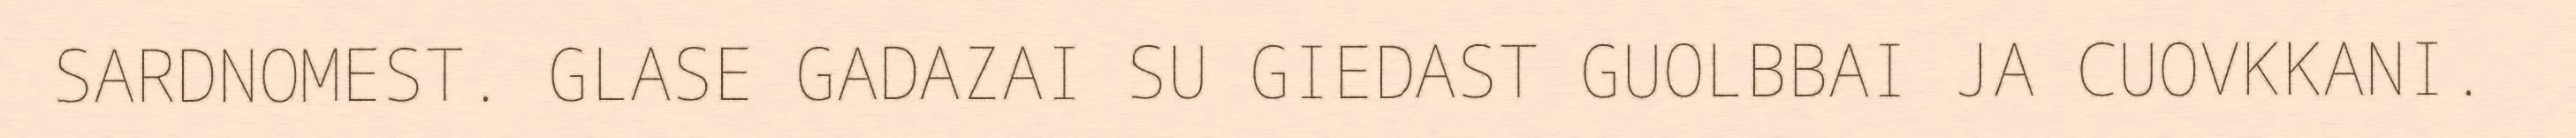
SARDNOMEST. GLASE GADAZAI SU GIEDAST GUOLBBAI JA CUOVKKANI.